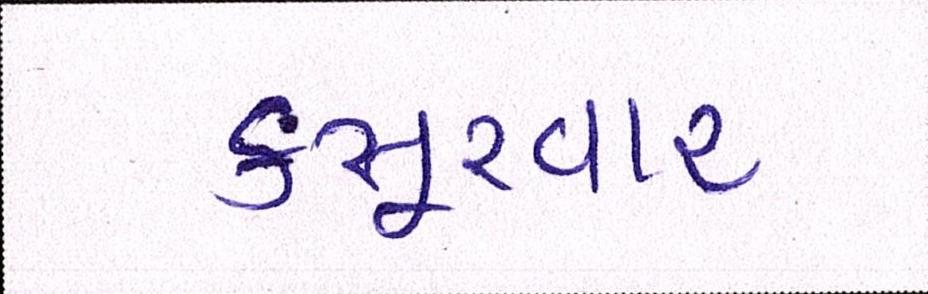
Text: કસૂરવાર